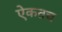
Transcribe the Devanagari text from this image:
ऐकतच